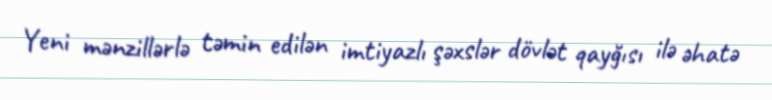
Yeni mənzillərlə təmin edilən imtiyazlı şəxslər dövlət qayğısı ilə əhatə